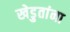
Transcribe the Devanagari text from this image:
खेडुतांना